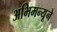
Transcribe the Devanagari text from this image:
अभिमन्यूने